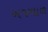
ખજવાળ